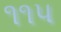
૧૧પ